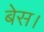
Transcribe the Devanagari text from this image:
बेस।